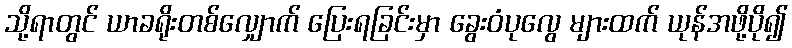
သို့ရာတွင် ယာခရိုးတစ်လျှောက် ပြေးရခြင်းမှာ ခွေးဝံပုလွေ များထက် ယုန်အဖို့ပို၍